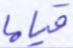
قياما